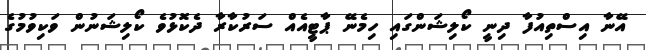
އޭނާ އިސްތިއުފާ ދިނީ ކޯލިޝަންގައި ހިމެނޭ ޕާޓީއެއް ސަރުކާރާ ދެކޮޅުވެ ކޯލިޝަނުން ވަކިވުމުގެ